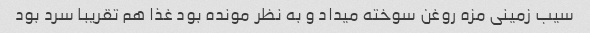
سیب زمینی مزه روغن سوخته میداد و به نظر مونده بود غذا هم تقریبا سرد بود